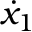
\dot { x } _ { 1 }